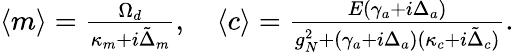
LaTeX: \begin{array}{r}{\langle m\rangle=\frac{\Omega_{d}}{\kappa_{m}+i\tilde{\Delta}_{m}},\, \, \, \, \, \, \langle c\rangle=\frac{E(\gamma_{a}+i\Delta_{a})}{g_{N}^{2}+(\gamma_{a}+i\Delta_{a})(\kappa_{c}+i\tilde{\Delta}_{c})}.}\end{array}